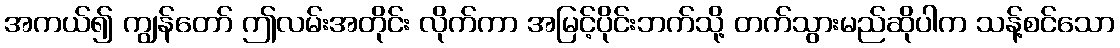
အကယ်၍ ကျွန်တော် ဤလမ်းအတိုင်း လိုက်ကာ အမြင့်ပိုင်းဘက်သို့ တက်သွားမည်ဆိုပါက သန့်စင်သော